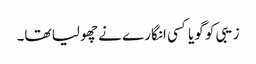
زیبی کو گویا کسی انگارے نے چھو لیا تھا۔